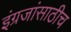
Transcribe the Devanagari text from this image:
इंग्रजांसाठीच